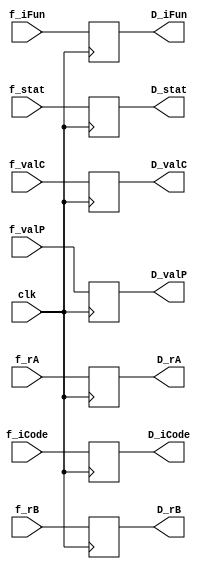
module D(clk ,f_iCode, f_iFun, f_stat, f_rA, f_rB , f_valC, f_valP, D_iCode , D_iFun , D_stat , D_rA , D_rB , D_valC , D_valP);
input clk;
input[3:0] f_iCode,f_iFun,f_rA,f_rB;
input[2:0] f_stat;
input[63:0] f_valC,f_valP;

output reg[3:0] D_iCode,D_iFun,D_rA,D_rB;
output reg[2:0] D_stat;
output reg[63:0] D_valC,D_valP;

always @(posedge clk ) begin
    D_iCode <= f_iCode;
    D_iFun <= f_iFun;
    D_stat <= f_stat;
    D_rA <= f_rA;
    D_rB <= f_rB;
    D_valC <= f_valC;
    D_valP <= f_valP; 

end

endmodule